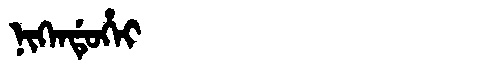
Manchu: ᠨᡳᡴᡝᠨᡩᡠᡥᡝᡳ
Romanization: NIKENDUHEI